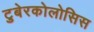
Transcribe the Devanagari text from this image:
टुबेरकोलोसिस